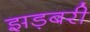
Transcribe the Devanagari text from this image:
झड़बरी